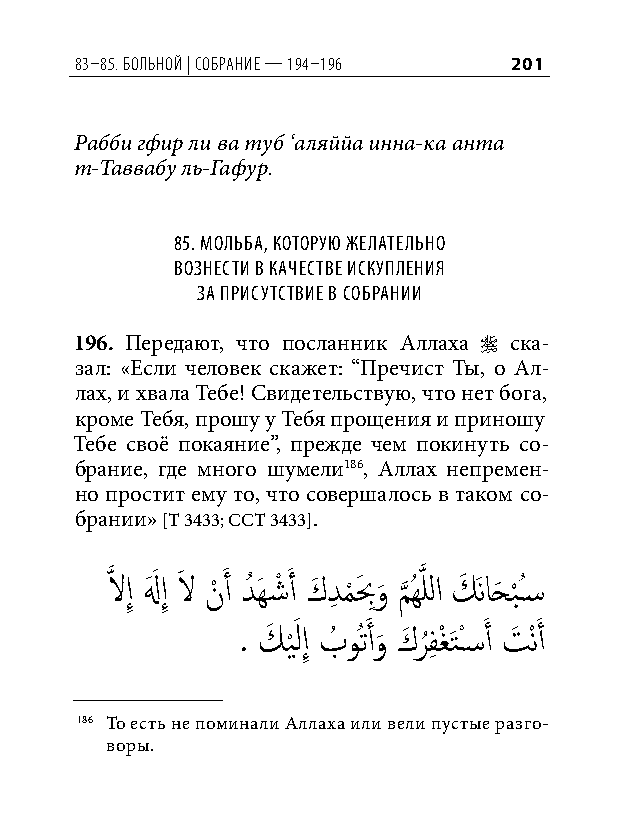
83–85. больной | собрание — 194–196 201
 Рабби гфир ли ва туб ‘аляййа инна-ка анта
 т-Таввабу ль-Гафур.
 85. мольба, которую желательно
 вознеСти в качеСтве иСкупления
 за приСутСтвие в Собрании
 196. Передают, что посланник Аллаха  ска-
 зал: «Если человек скажет: “Пречист Ты, о Ал-
 лах, и хвала Тебе! Свидетельствую, что нет бога,
 кроме Тебя, прошу у Тебя прощения и приношу
 Тебе своё покаяние”, прежде чем покинуть со-
 брание, где много шумели186, Аллах непремен-
 но простит ему то, что совершалось в таком со-
 брании» [Т 3433; ССТ 3433].
 َّذ لاإِ لهَ َ إِ لاَ نْ َ أ دُ َهشْ َ أ كَ دِ م
 ْ
 بَ ِو
 َ
 م
 َّذ
 ُهَّذ للا كَ َناحَ ب
 ْ
 ُس�
 . كَ ي َْ لإِ بُ وُتَ أو
 َ
 كَ ر
 ُ
 فِ غْ َتْس�َ أ تَ ْنَ أ
 186 То есть не поминали Аллаха или вели пустые разго-
 воры.